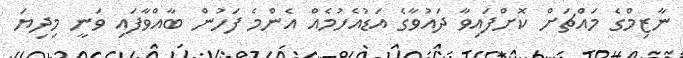
ނާޒިމްގެ މައްޗަށް ކޮށްފައިވާ ދައުވާގެ އަޑުއެހުމެއް އެންމެ ފަހުން ބާއްވާފައި ވަނީ މިދިޔަ